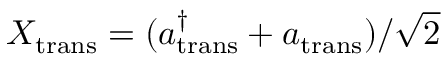
X _ { \mathrm { t r a n s } } = ( a _ { \mathrm { t r a n s } } ^ { \dagger } + a _ { \mathrm { t r a n s } } ) / \sqrt { 2 }